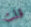
قلت